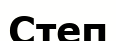
Степ